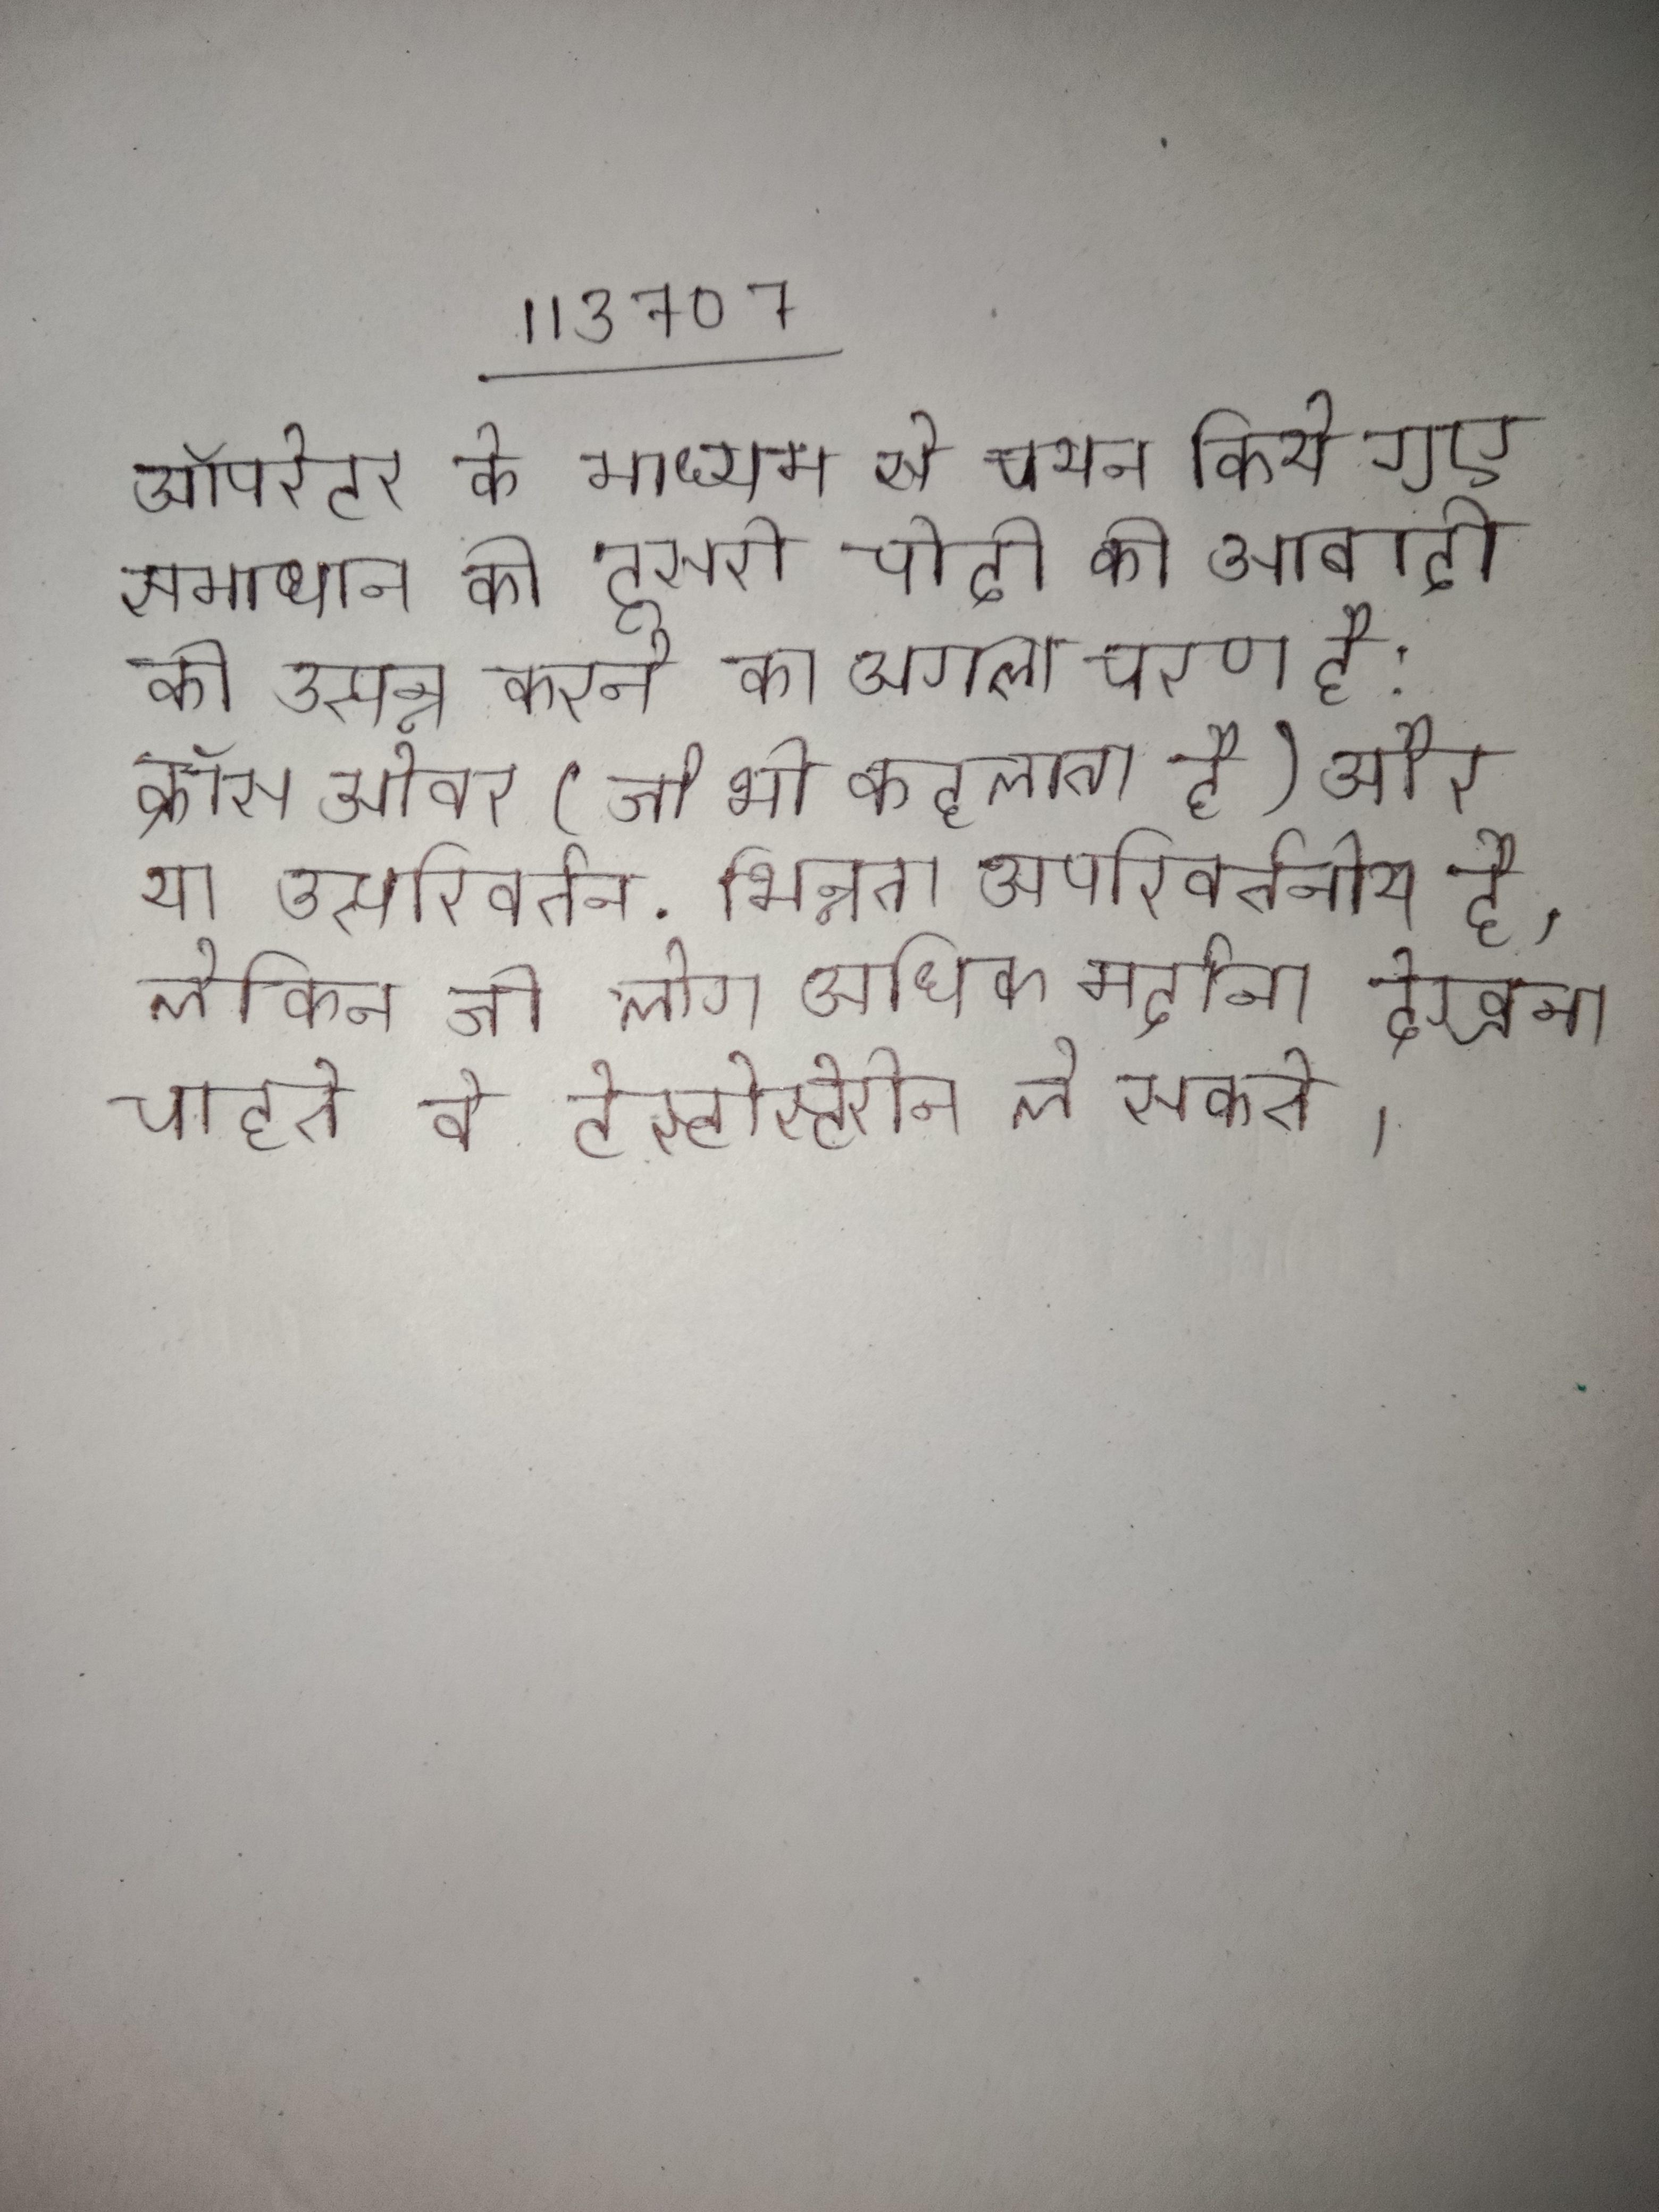
ऑपरेटर के माध्यम से चयन किये गए समाधान की दूसरी पीढी की आबादी को उत्पन्न करने का अगला चरण है: क्रॉसओवर (जो भी कहलाता है) और या उत्परिवर्तन . भिन्नता अपरिवर्तनीय है, लेकिन जो लोग अधिक मर्दाना देखना चाहते वे टेस्टोस्टेरोन ले सकते ।